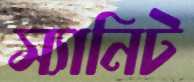
স্যানিট